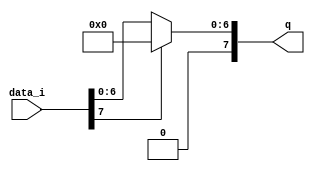
module ReLU(
    input wire[7:0]data_i,
    output reg[7:0]q
);
always @(data_i or q)
begin
    if(data_i[7]==1) begin
        q=8'd0;
    end
    else begin
        q=data_i;
    end
end
endmodule